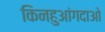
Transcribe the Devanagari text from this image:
किनहुआंगदाओ